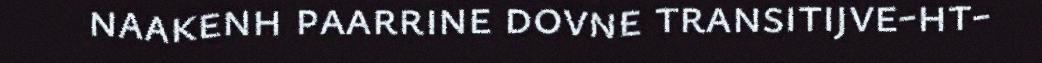
naakenh paarrine dovne transitijve-ht-